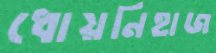
ধোয়নিহাজ